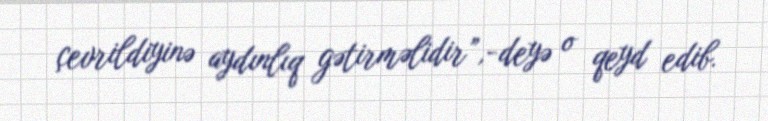
çevrildiyinə aydınlıq gətirməlidir”,-deyə o qeyd edib.